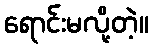
ရောင်းမလို့တဲ့။